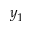
y _ { 1 }